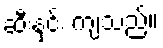
ဆီးနှင်း ကျသည်။